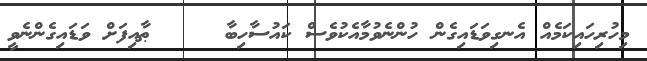
މިހުރިހައިކަމެއް އެނގިވަޑައިގެން ހުންނެވުމާއެކުވެސް ކައުސާހިބާ     ޠާއިފަށް ވަޑައިގެންނެވީ